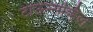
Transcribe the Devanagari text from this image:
टाऊन्सव्हिल